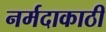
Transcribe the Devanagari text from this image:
नर्मदाकाठी